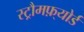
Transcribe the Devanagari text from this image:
स्ट्रौमफ़्योर्ड